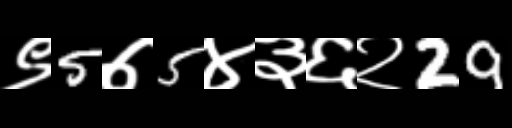
Text: ९5७5४३६२29